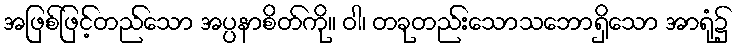
အဖြစ်ဖြင့်တည်သော အပ္ပနာစိတ်ကို။ ဝါ၊ တခုတည်းသောသဘောရှိသော အာရုံ၌